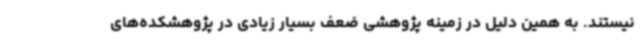
نیستند. به همین دلیل در زمینه پژوهشی ضعف بسیار زیادی در پژوهشکده‌های